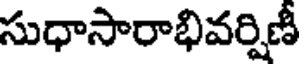
సుధాసారాభివర్షిణీ